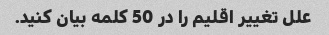
علل تغییر اقلیم را در 50 کلمه بیان کنید.